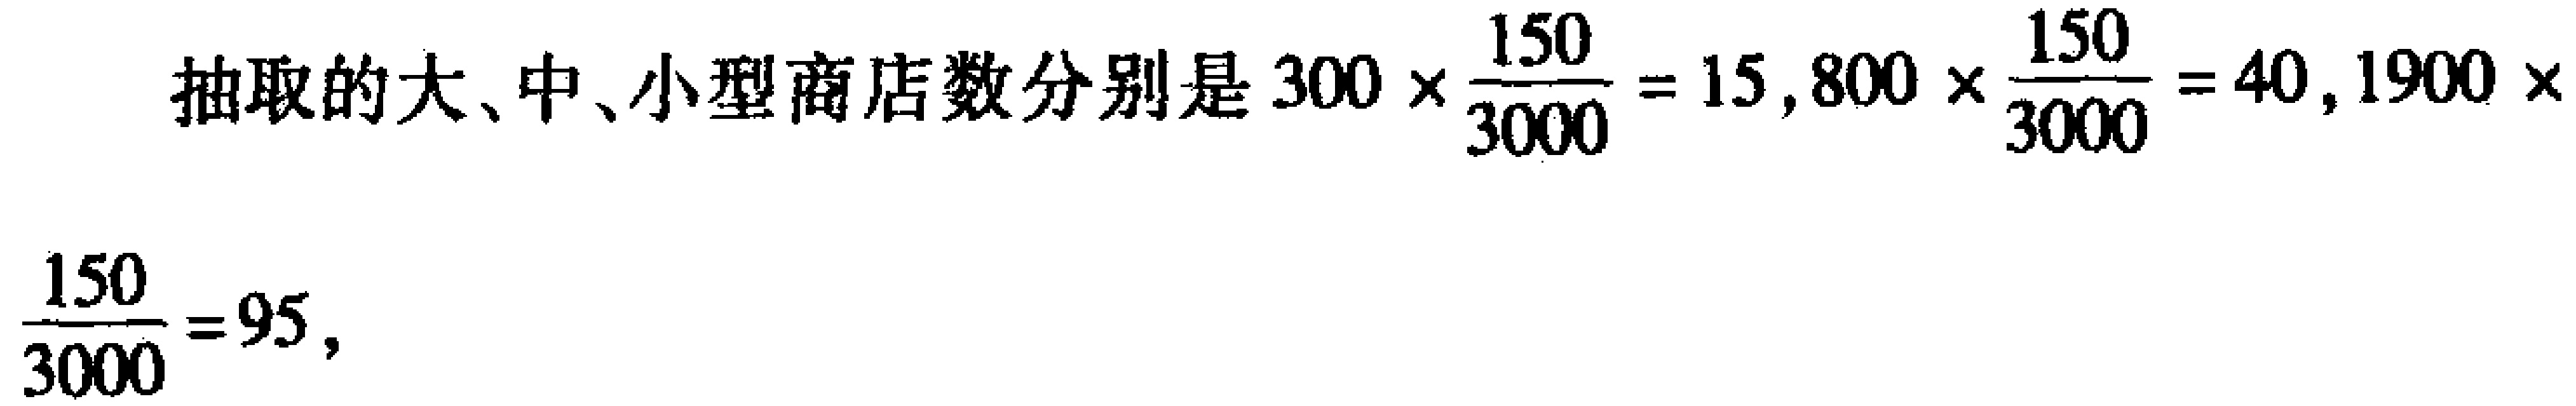
抽取的大、中、小型商店数分别是\(300\times\frac{150}{3000}=15\)，\(800\times\frac{150}{3000}=40\)，\(1900\times\frac{150}{3000}=95\)，